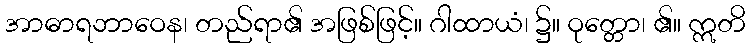
အာဓာရဘာဝေန၊ တည်ရာ၏ အဖြစ်ဖြင့်။ ဂါထာယံ၊ ၌။ ဝုတ္တော၊ ၏။ ဣတိ